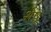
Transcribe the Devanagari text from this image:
शेषू